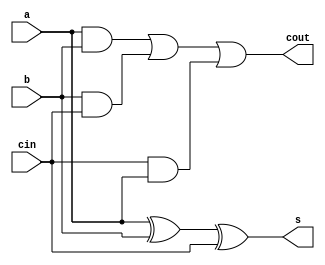
`timescale 1ns / 1ps
//////////////////////////////////////////////////////////////////////////////////
// Company: 
// Engineer: 
// 
// Design Name: 
// Module Name: FA
// Project Name: 
// Target Devices: 
// Tool Versions: 
// Description: 
// 
// Dependencies: 
// 
// Revision:
// Revision 0.01 - File Created
// Additional Comments:
// 
//////////////////////////////////////////////////////////////////////////////////


module FA (a,b,cin,s,cout);
input a,b,cin;
output s, cout;
assign s=a^b^cin;
assign cout = (a&b) | (b&cin) | (cin&a);
endmodule